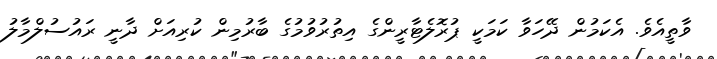
ވާތީއެވެ. އެކަމުން ދޭހަވާ ކަމަކީ ޕުރޮލެޓާރީންގެ އިތުރުވުމުގެ ބާރުމިން ކުރިއަށް ދާނީ ރައުސުލްމާލު